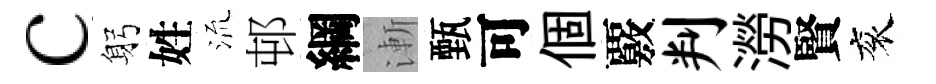
c躬姓𣴑邨綱漸甄可個覈判澇賢衮